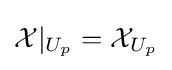
{\mathcal {X}}|_{U_{p}}={\mathcal {X}}_{U_{p}}